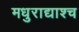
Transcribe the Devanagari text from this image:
मधुराद्याश्च